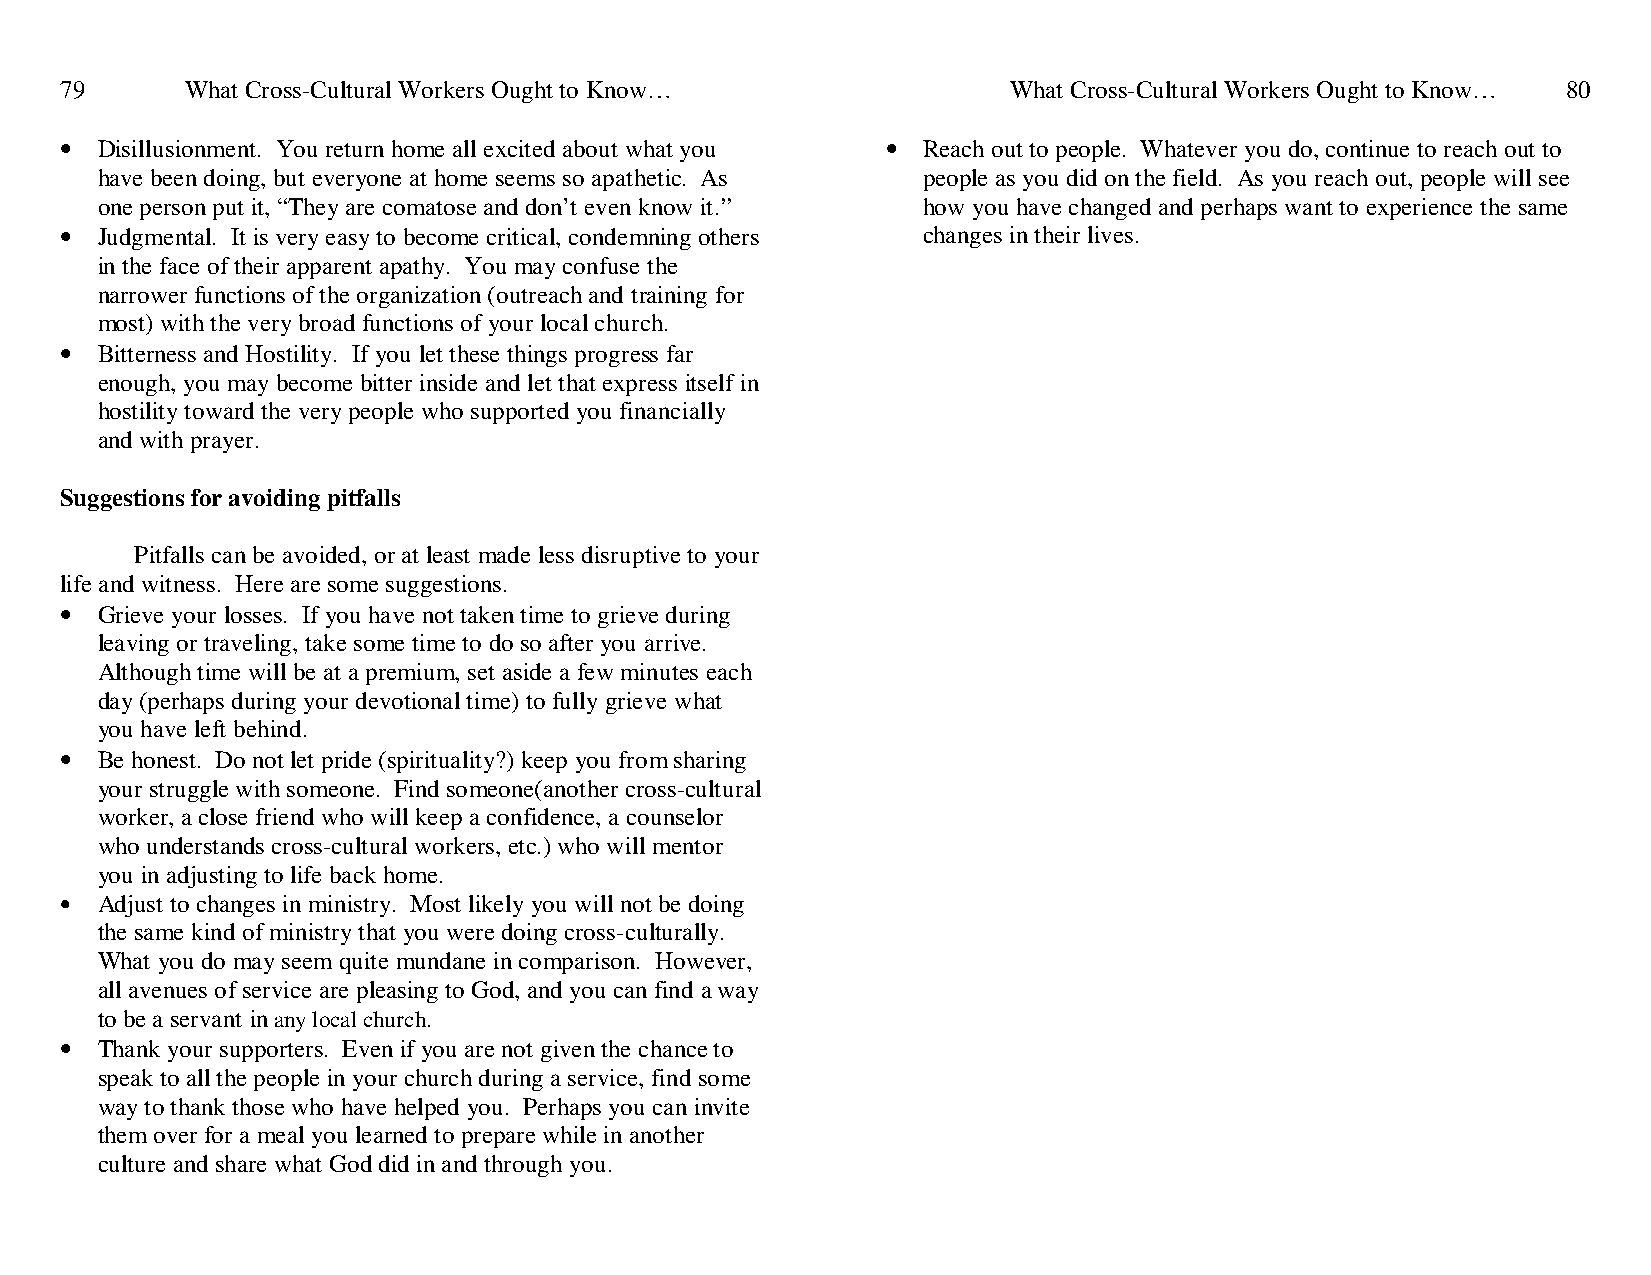
79      What Cross-Cultural Workers Ought to Know…             What Cross-Cultural Workers Ought to Know… 80
 • Disillusionment. You return home all excited about what you • Reach out to people. Whatever you do, continue to reach out to
 have been doing, but everyone at home seems so apathetic. As people as you did on the field. As you reach out, people will see
 one person put it, “They are comatose and don’t even know it.” how you have changed and perhaps want to experience the same
 • Judgmental. It is very easy to become critical, condemning others changes in their lives.
 in the face of their apparent apathy. You may confuse the
 narrower functions of the organization (outreach and training for
 most) with the very broad functions of your local church.
 • Bitterness and Hostility. If you let these things progress far
 enough, you may become bitter inside and let that express itself in
 hostility toward the very people who supported you financially
 and with prayer.
 Suggestions for avoiding pitfalls
 Pitfalls can be avoided, or at least made less disruptive to your
 life and witness. Here are some suggestions.
 • Grieve your losses. If you have not taken time to grieve during
 leaving or traveling, take some time to do so after you arrive.
 Although time will be at a premium, set aside a few minutes each
 day (perhaps during your devotional time) to fully grieve what
 you have left behind.
 • Be honest. Do not let pride (spirituality?) keep you from sharing
 your struggle with someone. Find someone(another cross-cultural
 worker, a close friend who will keep a confidence, a counselor
 who understands cross-cultural workers, etc.) who will mentor
 you in adjusting to life back home.
 • Adjust to changes in ministry. Most likely you will not be doing
 the same kind of ministry that you were doing cross-culturally.
 What you do may seem quite mundane in comparison. However,
 all avenues of service are pleasing to God, and you can find a way
 to be a servant in any local church.
 • Thank your supporters. Even if you are not given the chance to
 speak to all the people in your church during a service, find some
 way to thank those who have helped you. Perhaps you can invite
 them over for a meal you learned to prepare while in another
 culture and share what God did in and through you.